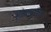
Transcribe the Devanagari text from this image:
किंबदन्ति